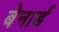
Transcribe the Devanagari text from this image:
बेनार्ड